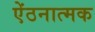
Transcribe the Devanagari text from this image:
ऐंठनात्मक